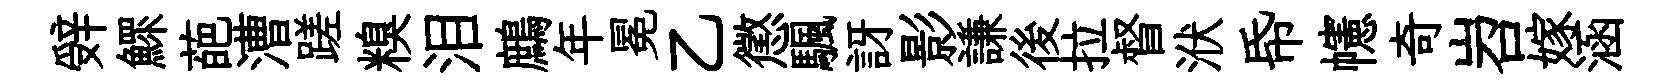
辤鰥葩漕蹉糗泪鷓年冕乙懲颿訝影謙後拉督洑帋幰奇岧嫁涵